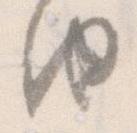
由